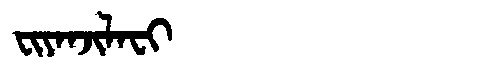
Manchu: ᠸᡳᠶᠠᠨᠵᡳᠯᠠᠸᡳ
Romanization: FIYANJILAFI